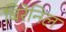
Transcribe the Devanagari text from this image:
बिरेनिल